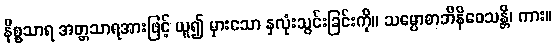
နိစ္စသာရ အတ္တသာရအားဖြင့် ယူ၍ မှားသော နှလုံးသွင်းခြင်းကို။ သမ္ပောစာဘိနိဝေသန္တိ၊ ကား။